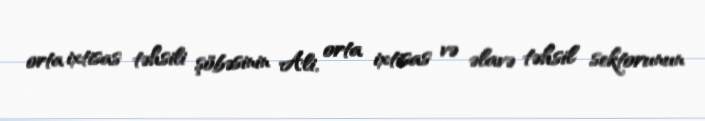
orta ixtisas təhsili şöbəsinin Ali, orta ixtisas və əlavə təhsil sektorunun